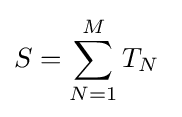
S=\sum _{N=1}^{M}T_{N}\